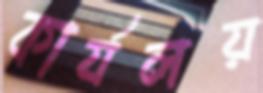
কার্যলয়